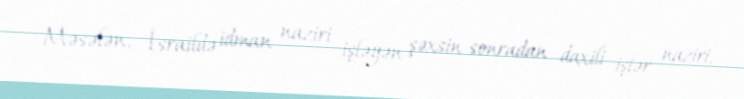
Məsələn, İsraildə idman naziri işləyən şəxsin sonradan daxili işlər naziri,